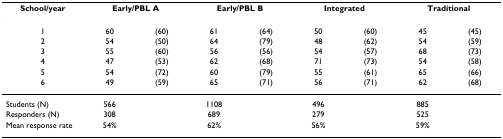
| School/year | <COLSPAN=2> Early/PBL A | <COLSPAN=2> Early/PBL B | <COLSPAN=2> Integrated | <COLSPAN=2> Traditional |
 | --- | --- | --- | --- | --- | --- | --- | --- | --- |
 | 1 | 60 | (60) | 61 | (64) | 50 | (60) | 45 | (45) |
 | 2 | 54 | (50) | 64 | (79) | 48 | (62) | 54 | (59) |
 | 3 | 55 | (60) | 56 | (56) | 54 | (57) | 68 | (73) |
 | 4 | 47 | (53) | 62 | (68) | 71 | (73) | 54 | (58) |
 | 5 | 54 | (72) | 60 | (79) | 55 | (61) | 65 | (66) |
 | 6 | 49 | (59) | 65 | (71) | 56 | (71) | 62 | (68) |
 | Students (N) | 566 |  | 1108 |  | 496 |  | 885 |  |
 | Responders (N) | 308 |  | 689 |  | 279 |  | 525 |  |
 | Mean response rate | 54% |  | 62% |  | 56% |  | 59% |  |